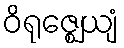
ဝိရုဇ္ဈေယျံ